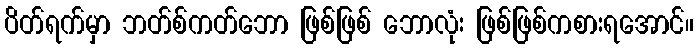
ပိတ်ရက်မှာ ဘတ်စ်ကတ်ဘော ဖြစ်ဖြစ် ဘောလုံး ဖြစ်ဖြစ်ကစားရအောင်။